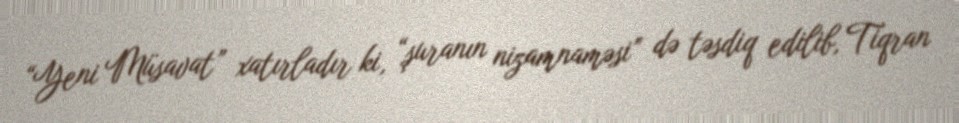
“Yeni Müsavat” xatırladır ki, “şuranın nizamnaməsi” də təsdiq edilib, Tiqran